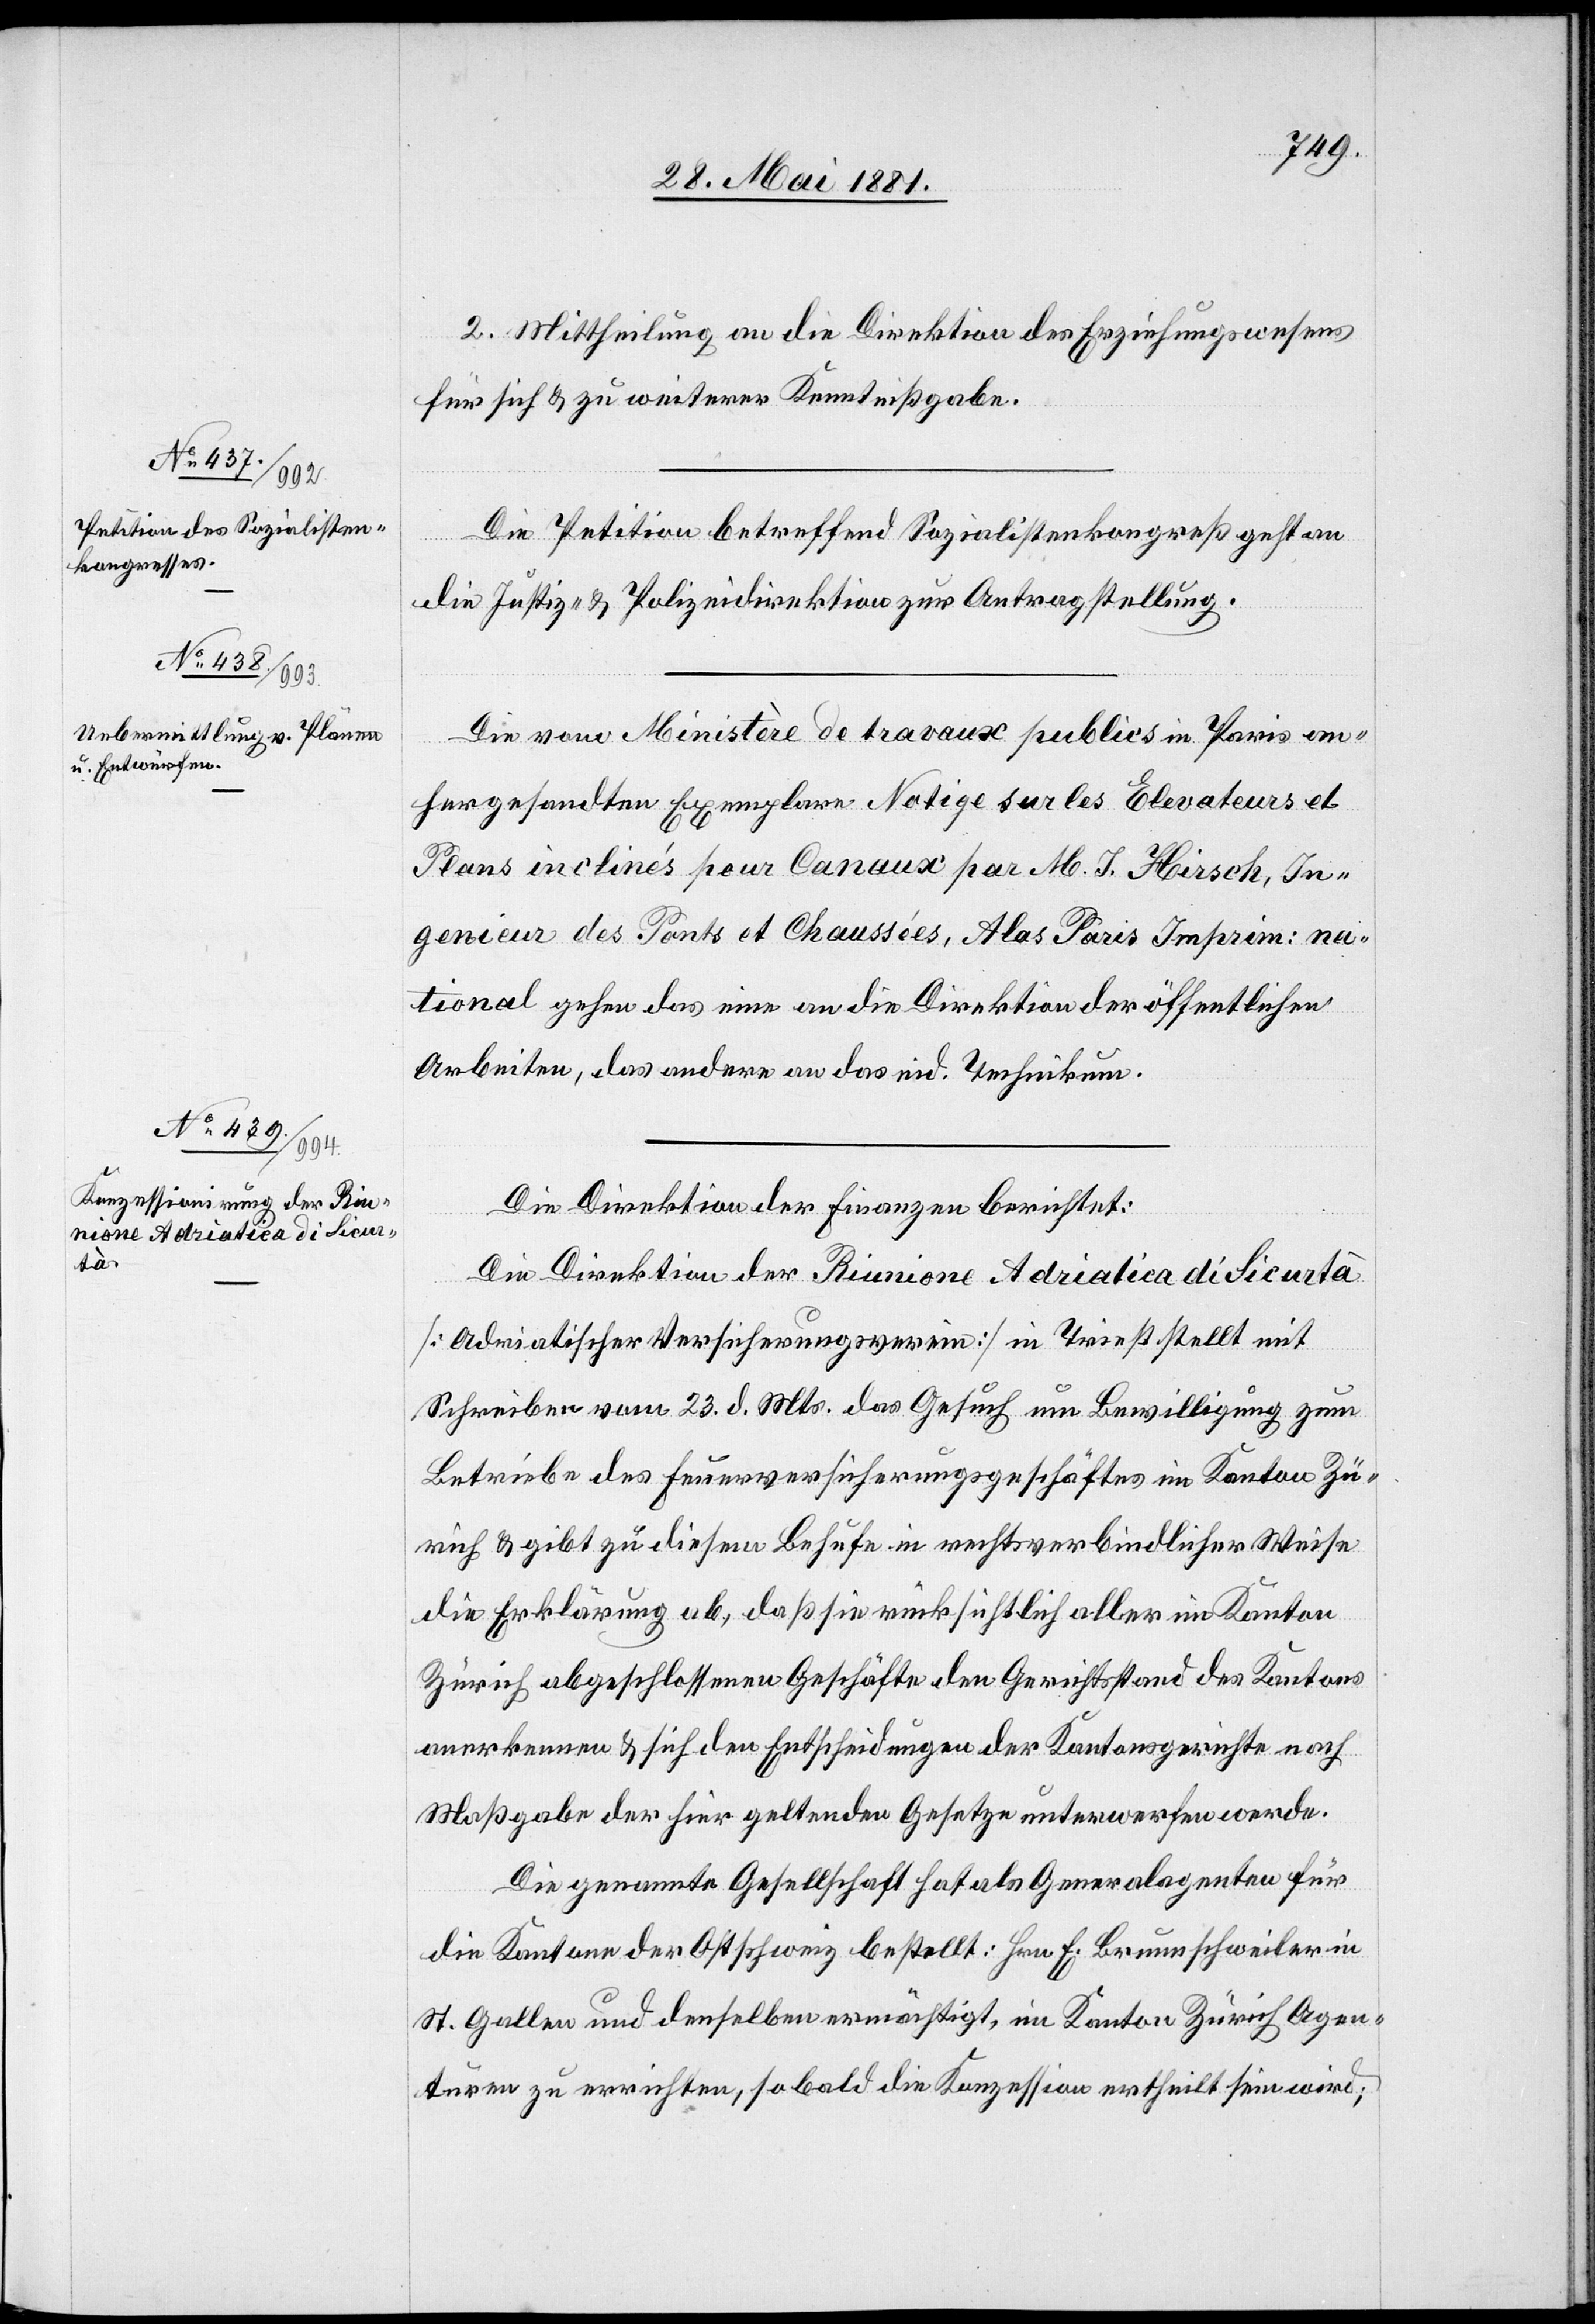
2. Mittheilung an die Direktion des Erziehungswesens
für sich & zu weiterer Kenntnißgabe.
Die Petition betreffend Sozialistenkongreß geht an
die Justiz- & Polizeidirektion zur Antragstellung.
Die vom Ministère de travaux publics in Paris an¬
hergesandten Exemplare Notige sur les Elevateurs et
Plans inclinés pour Canaux par M. J. Hirsch, In¬
genieur des Ponts et Chaussées, Alas Paris Imprim: na¬
tional gehen das eine an die Direktion der öffentlichen
Arbeiten, das andere an das eid. Technikum.
Die Direktion der Finanzen berichtet:
Die Direktion der Riunione Adriatica di Sicurtà
[Adriatischer Versicherungsverein] in Triest stellt mit
Schreiben vom 23. d. Mts. das Gesuch um Bewilligung zum
Betriebe des Feuerversicherungsgeschäftes im Kanton Zü¬
rich & gibt zu diesen Behufe in rechtsverbindlicher Weise
die Erklärung ab, daß sie rücksichtlich aller im Kanton
Zürich abgeschlossenen Geschäfte den Gerichtsstand des Kantons
anerkennen & sich den Entscheidungen der Kantonsgerichte nach
Maßgabe der hier geltenden Gesetze unterwerfen werde.
Die genannte Gesellschaft hat als Generalagenten für
die Kantone der Ostschweiz bestellt: Hrn. E. Brunnschweiler in
St. Gallen und denselben ermächtigt, im Kanton Zürich Agen¬
turen zu errichten, sobald die Konzession ertheilt sein wird;